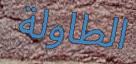
الطاولة